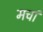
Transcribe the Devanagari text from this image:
मचां